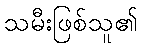
သမီးဖြစ်သူ၏